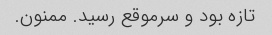
تازه بود و سرموقع رسید. ممنون.